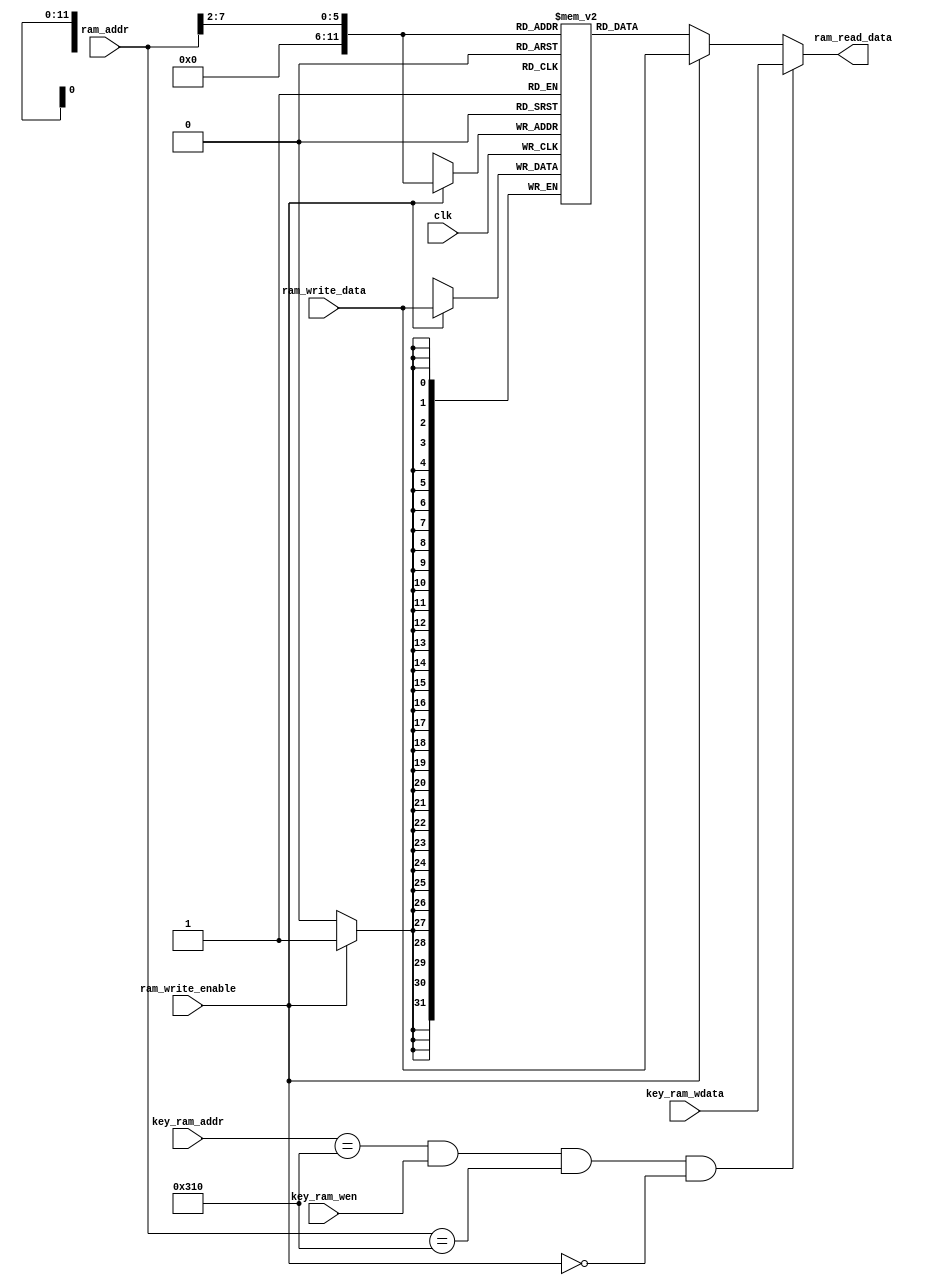
/*******************/
/* ram8x2048_sim.v */
/*******************/

`define   SCAN_ASCII_ADDR  13'h0310
`define   SCAN_ASCII_WEN   1'b1

//                        +----+
//                   clk->|    |
//        ram_addr[12:0]->|    |
//      ram_write_enable->|    |->ram_read_data[31:0]
//  ram_write_data[31:0]->|    |
//    key_ram_addr[12:0]->|    |
//   key_ram_wdata[31:0]->|    |
//           key_ram_wen->|    |
//                        +----+

//
// RAM
//

module ram8x2048_sim (clk, ram_addr, ram_write_enable,
		      ram_write_data, ram_read_data, key_ram_addr, key_ram_wdata , key_ram_wen);

  // Inputs
  input                       clk;    // 
  input  [12:0]          ram_addr;    // 13-bit address, byte
  input          ram_write_enable;    // (1)/(0)
  input  [31:0]    ram_write_data;    // 32-bit data
  input  [12:0]     key_ram_addr;    // 13-bit address, byte
  input  [31:0]    key_ram_wdata;    // 32-bit data
  input              key_ram_wen;
   
  // Outputs
  output [31:0]     ram_read_data;    // 32-bit data

  reg    [31:0]         mem[0:2048];  // 32x2048 regs
  reg    [31:0]	        read_data;

  // Wire
  wire    [5:0]         word_addr;    // 6-bit address, word

  assign word_addr = ram_addr[12:2];

  // 
  always @(posedge clk) begin
    if (ram_write_enable == 1'b1) begin
      mem[word_addr] <= ram_write_data;
    end
  end

  // 
  always @(word_addr or ram_write_enable or ram_write_data) begin
    if (ram_write_enable == 1'b0) begin
      read_data = mem[word_addr];
    end else begin
      read_data = ram_write_data;
    end
  end

  assign ram_read_data = ((key_ram_addr == `SCAN_ASCII_ADDR)
                            && (key_ram_wen == `SCAN_ASCII_WEN)
                            && (ram_addr == `SCAN_ASCII_ADDR)
                            && (ram_write_enable == 1'b0)) ? key_ram_wdata : read_data;

endmodule